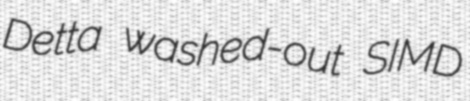
Detta washed-out SIMD